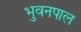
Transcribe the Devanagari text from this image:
भुवनपाल